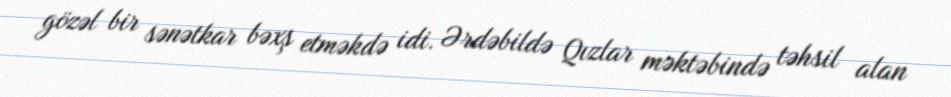
gözəl bir sənətkar bəxş etməkdə idi. Ərdəbildə Qızlar məktəbində təhsil alan